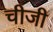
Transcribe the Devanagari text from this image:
चीजी